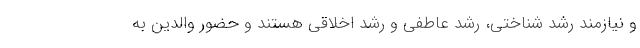
و نیازمند رشد شناختی، رشد عاطفی و رشد اخلاقی هستند و حضور والدین به